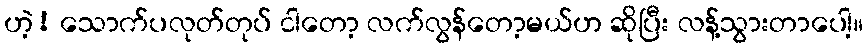
ဟဲ့! သောက်ပလုတ်တုပ် ငါတော့ လက်လွန်တော့မယ်ဟ ဆိုပြီး လန့်သွားတာပေါ့။